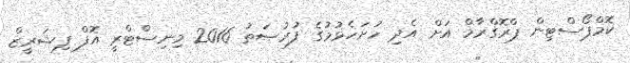
ކޮމްޕޯސްޓިން ޕްރޮގްރާމް އަށް އެދި ހުށަހެޅުމުގެ ފުރުޞަތު 2016 މިނިސްޓްރީ އޮފް ފިޝަރީޒް